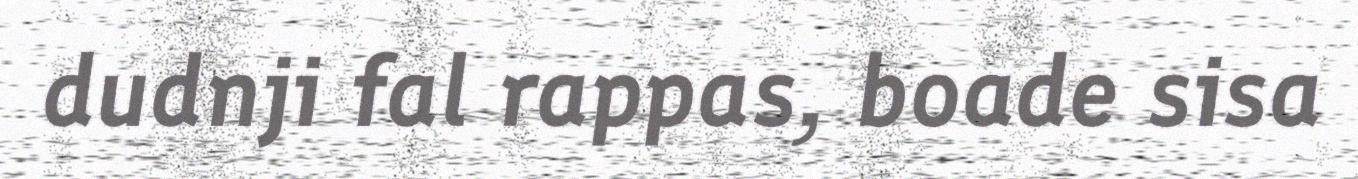
dudnji fal rappas, boade sisa